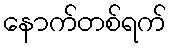
နောက်တစ်ရက်